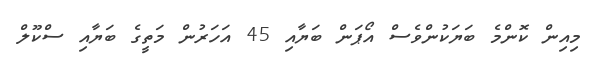
މިއިން ކޮންމެ ބަޔަކުންވެސް އޯޕަން ބަޔާއި 45 އަހަރުން މަތީގެ ބަޔާއި ސްކޫލް